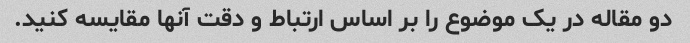
دو مقاله در یک موضوع را بر اساس ارتباط و دقت آنها مقایسه کنید.